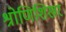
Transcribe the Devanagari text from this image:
श्रोणिशिखर